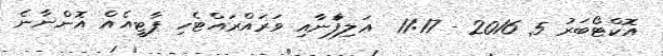
އޮކްޓޯބަރު 5